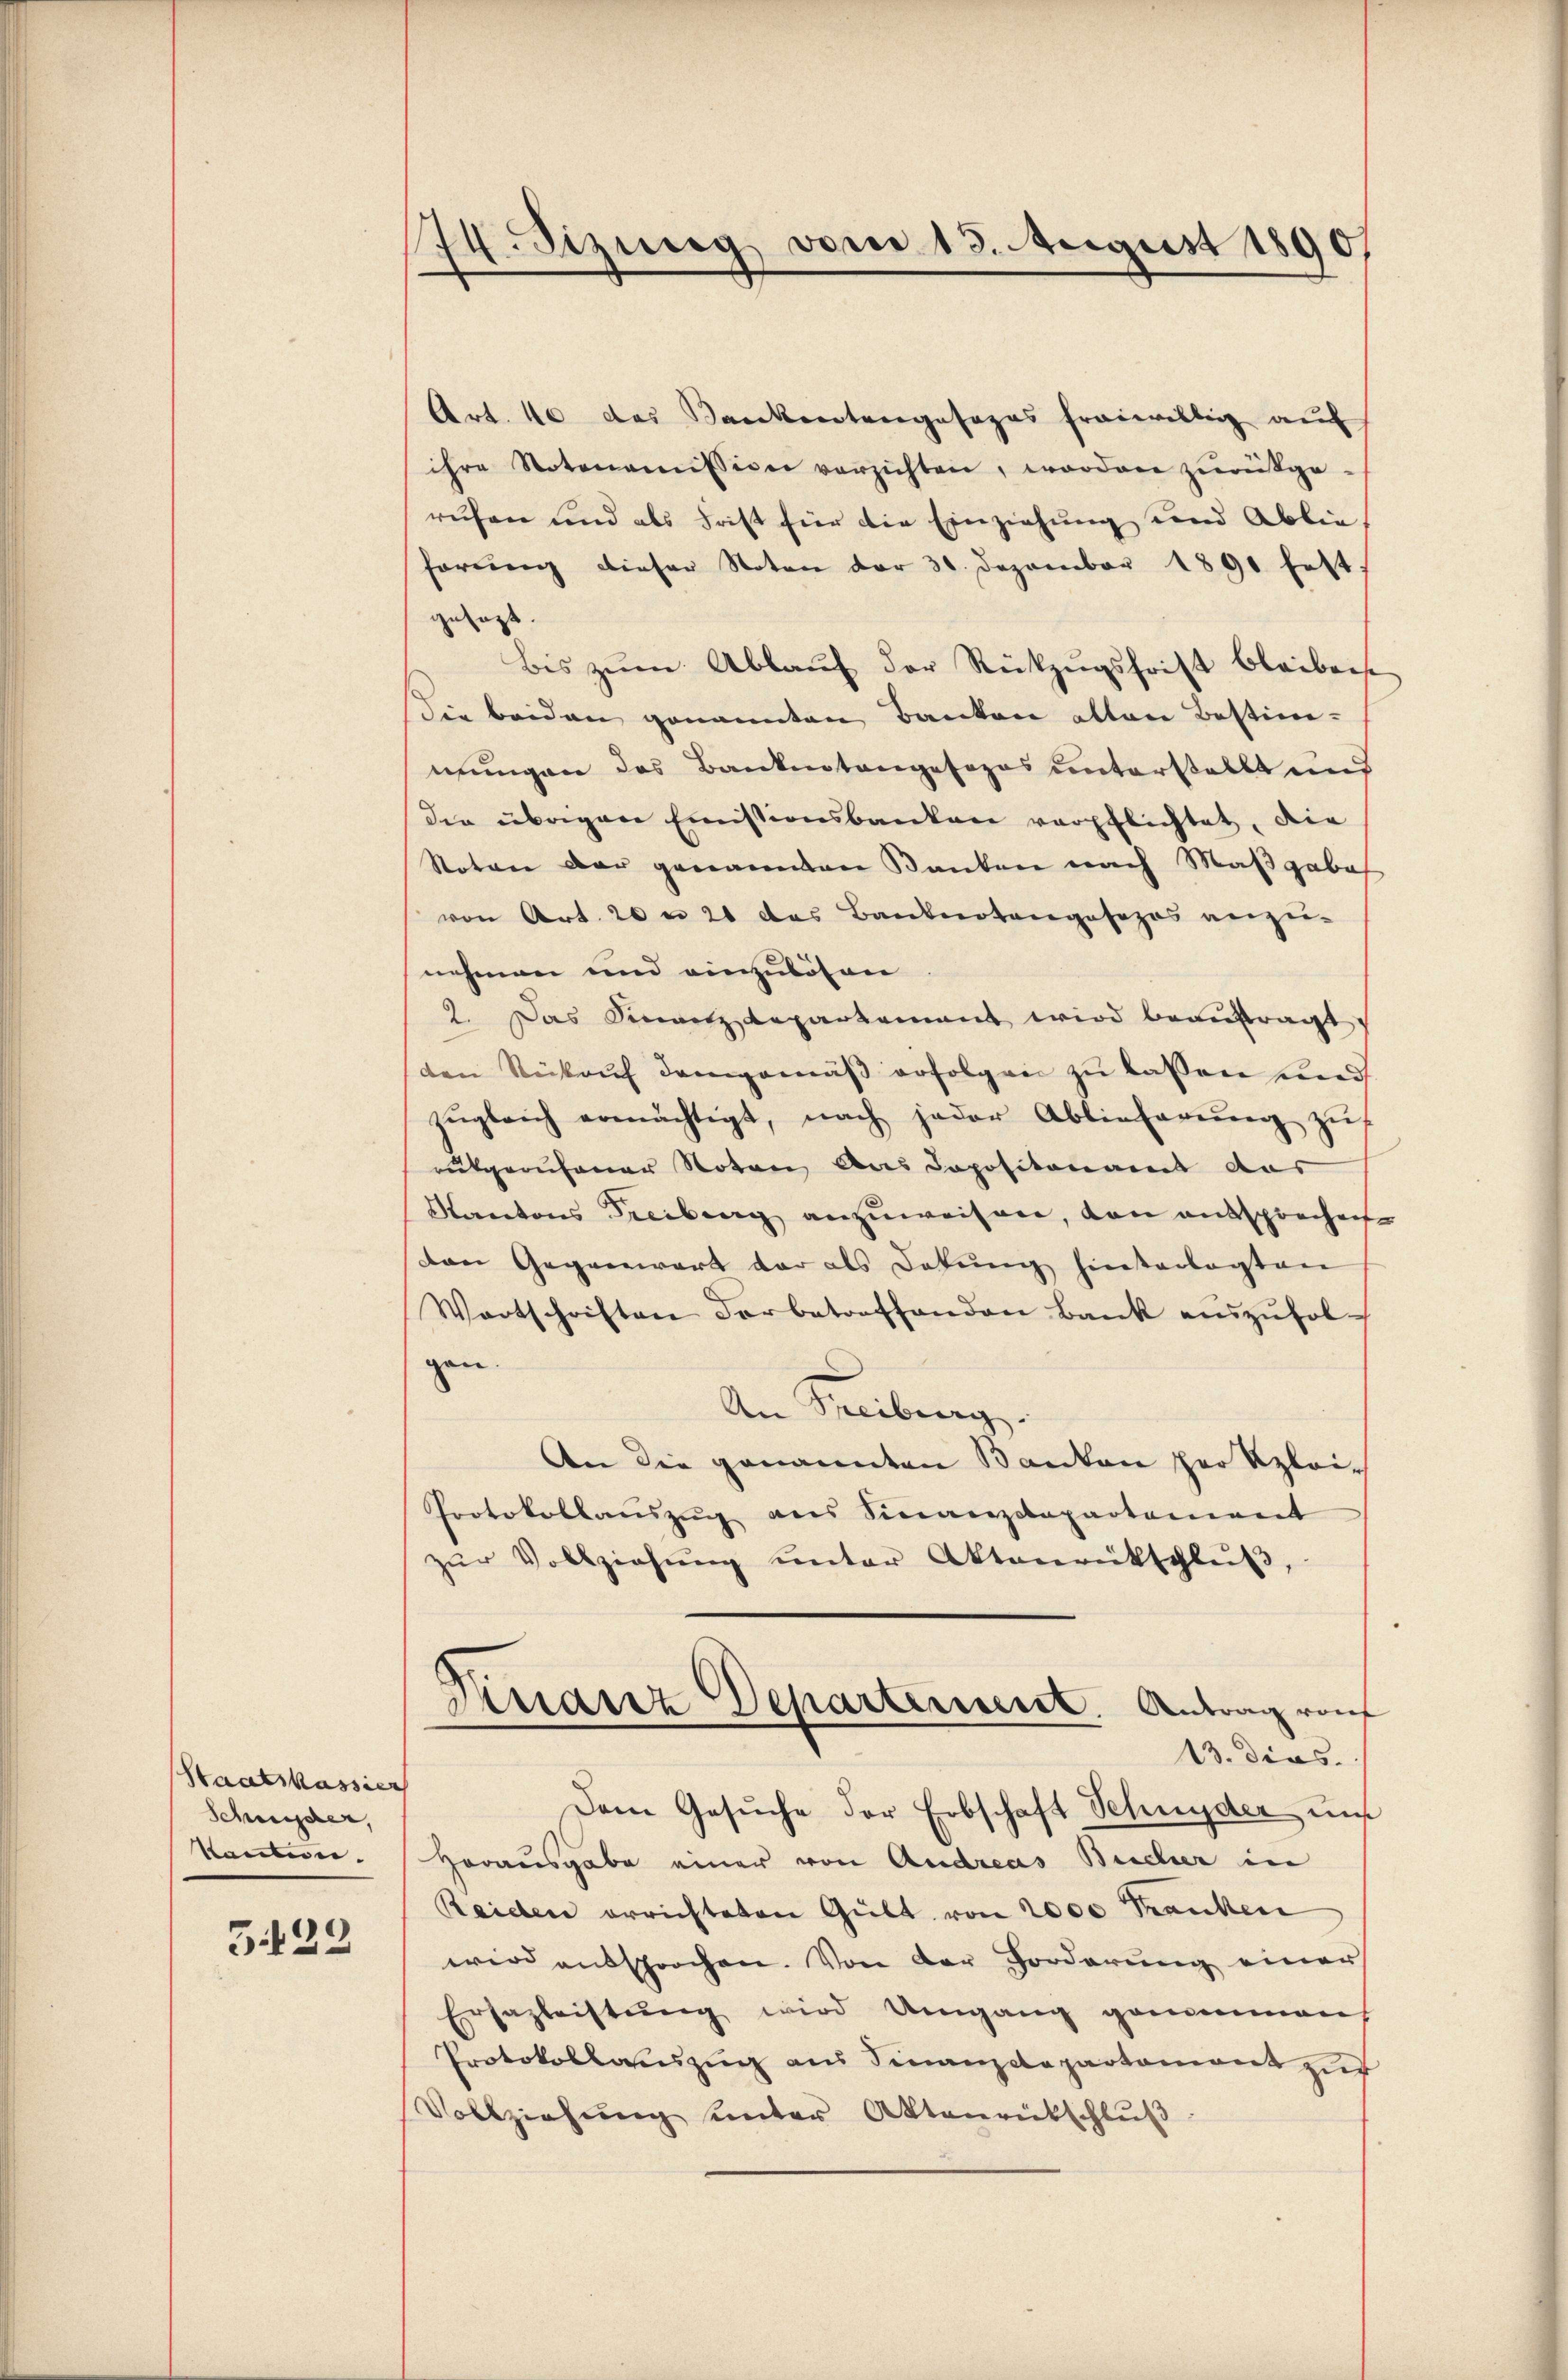
Staatskassier
Schnisser,
kanten.

G22

74. Sizung vom 13. August 1890

Art. 10 des Kankentangesages freiwillig auf
ihre Notonomission verzichten, worden zŭrükge-
rufen und als Frist für die Einziehung und Ablie
forŭng dieser Noten der 30. Dezember 1891 fest.
gesezt.
Bis zŭm Ablaŭf der Rückzŭgsfrist bleibens
Sie beiden genannten Banken allen Bestim-
mungen des Bankentangesezes unterstellt und
die übrigen Einistionsbanken verpflichtet, die
Noton der genannten Banken nach Maßgabe
von Art. 20 n 21 das Banknotengosozos anzu-
nehmen und einzulösen
2. Das Sinnetz departement wird beaŭftragt
den Rückauf demgemäß erfolgen zu lassen und
zŭgleich ermächtigt, nach jeder Ablieferŭng zŭ
rukgerufener Noten Aus Copositonamt aus
Kantons Freibung anzuweisen, von entsprochen
den Gegenwart der als Dekŭng hintadagten
Wortschriften Farbetreffenden Bank aŭszŭfol-
gen.
An Freiburg.
An die genannten Kanton her Klei¬
Protokollauszug aus Sinanzdepartement
zŭr Vollziehŭng ŭnter Aktenrütschlŭβ,
Franz Departensent. Antrag auf
13. dies
Dem Gesŭche der Erbschaft Schnyder uns
Herausgabe einer von Andreas Bucher in
Reiden errichteten Gült von 2000 Franken
wird entsprochen. Von der Forderung einer
Ersazleistŭng wird Umgang genommen
Protokollauzug aus Finanzdepartement zu
Vollziehŭng ŭnter Aktenrütschlŭβ